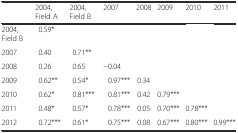
|  | 2004, Field A | 2004, Field B | 2007 | 2008 | 2009 | 2010 | 2011 |
 | --- | --- | --- | --- | --- | --- | --- | --- |
 | 2004, Field B | 0.59* |  |  |  |  |  |  |
 | 2007 | 0.40 | 0.71** |  |  |  |  |  |
 | 2008 | 0.26 | 0.65 | −0.04 |  |  |  |  |
 | 2009 | 0.62** | 0.54* | 0.97*** | 0.34 |  |  |  |
 | 2010 | 0.62* | 0.81*** | 0.81*** | 0.42 | 0.79*** |  |  |
 | 2011 | 0.48* | 0.57* | 0.78*** | 0.05 | 0.70*** | 0.78*** |  |
 | 2012 | 0.72*** | 0.61* | 0.75*** | 0.08 | 0.67*** | 0.80*** | 0.99*** |